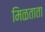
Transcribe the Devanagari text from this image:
मिळताता